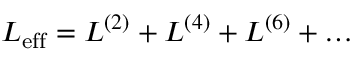
{ \cal L } _ { \mathrm { e f f } } = { \cal L } ^ { ( 2 ) } + { \cal L } ^ { ( 4 ) } + { \cal L } ^ { ( 6 ) } + \dots